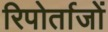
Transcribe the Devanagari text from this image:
रिपोर्ताजों